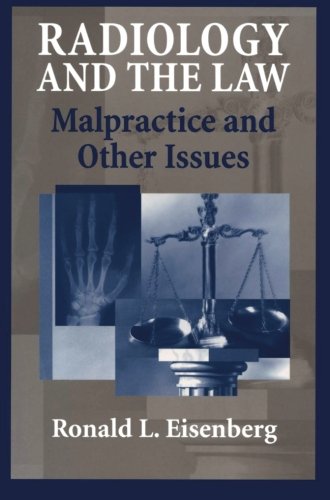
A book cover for Radiology and the Law: Malpractice and Other Issues; Law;